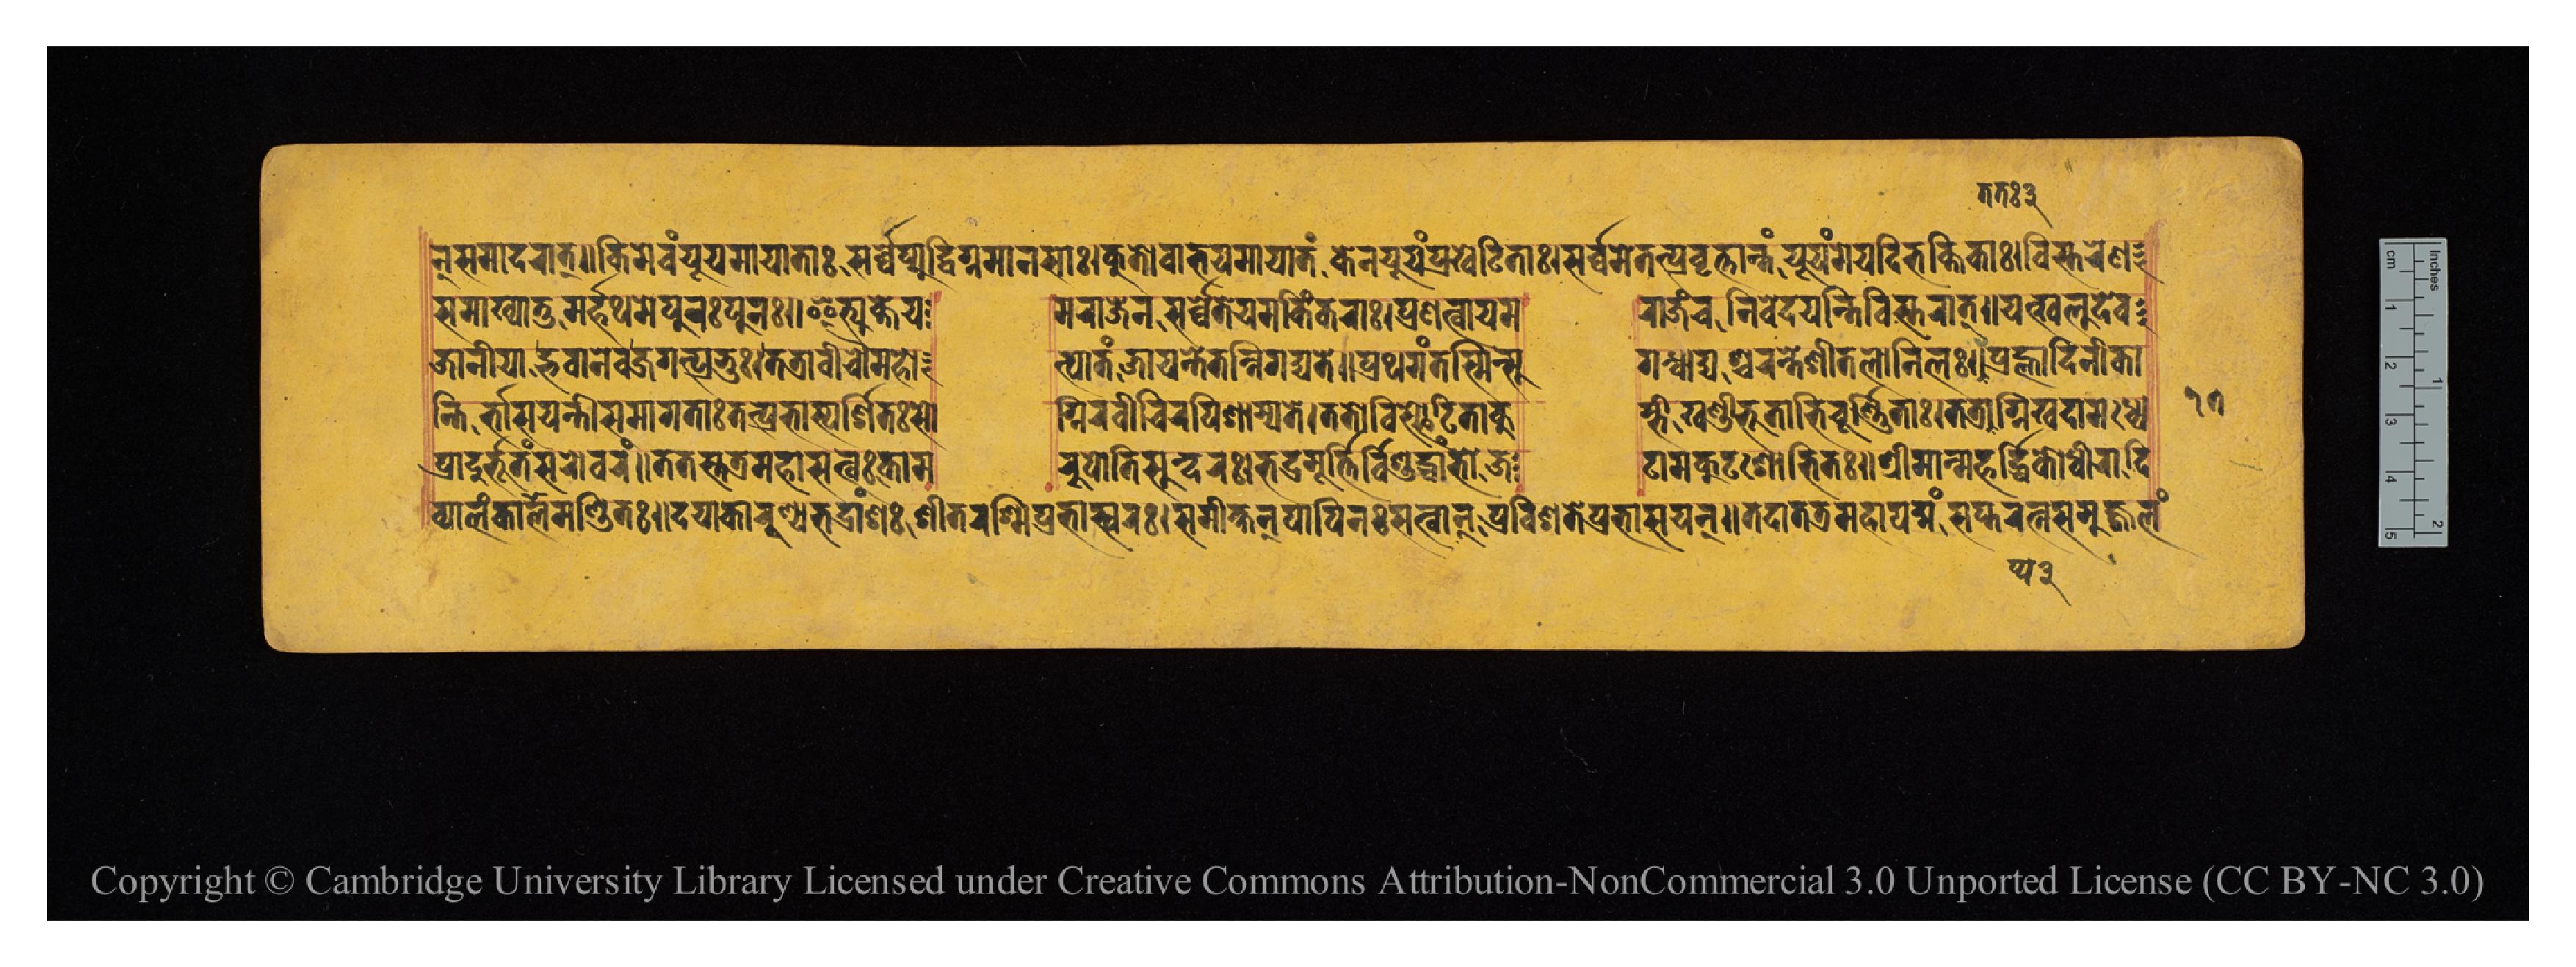
𑐣𑑂𑐳𑐩𑐵𑐡𑐬𑐵𑐟𑑂𑑌𑐎𑐶𑐩𑐾𑐰𑑄𑐫𑐹𑐫𑐩𑐵𑐫𑐵𑐟𑐵𑑅𑐳𑐬𑑂𑐰𑑂𑐰𑐾𑐥𑑂𑐫𑐸𑐡𑑂𑐰𑐶𑐐𑑂𑐣𑐩𑐵𑐣𑐳𑐵𑑅𑑋𑐎𑐸𑐟𑑀𑐨𑐫𑑄𑐳𑐩𑐵𑐫𑐵𑐟𑑄𑐎𑐾𑐟𑐫𑐸𑐫𑑄𑐥𑑂𑐬𑐏𑐾𑐚𑐶𑐟𑐵𑑅𑑋𑐳𑐬𑑂𑐰𑑂𑐰𑐩𑐾𑐟𑐟𑑂𑐥𑑂𑐬𑐰𑐺𑐟𑑂𑐟𑐵𑐣𑑂𑐟𑑄𑐫𑐸𑐫𑑄𑐩𑐾𑐫𑐡𑐶𑐨𑐎𑑂𑐟𑐶𑐎𑐵𑑅𑑋𑐰𑐶𑐳𑑂𑐟𑐬𑐾𑐞 𑐖𑐵𑐣𑐷𑐫𑐵𑐡𑑂𑐨𑐰𑐵𑐣𑐾𑐰𑐖𑐐𑐟𑑂𑐥𑑂𑐬𑐨𑐸𑑅𑑋𑐟𑐟𑑂𑐬𑐵𑐰𑐷𑐔𑑁𑐩𑐴𑑀  𑐟𑑂𑐥𑐵𑐟𑑄𑐖𑐵𑐫𑐾𑐟𑐾𑐟𑐣𑑂𑐣𑐶𑐐𑐡𑑂𑐫𑐟𑐾𑑌𑐥𑑂𑐬𑐠𑐩𑑄𑐟𑐳𑑂𑐩𑐶𑐣𑑂𑐳𑐸  𑐐𑐣𑑂𑐢𑐱𑑂𑐔𑐬𑐟𑐾𑐱𑐷𑐟𑐮𑑀𑐣𑐶𑐮𑑅𑑌𑐟𑐟𑑅𑐥𑑂𑐬𑐴𑑂𑐮𑐵𑐡𑐶𑐣𑐷𑐎𑐵 𑐳𑐩𑐵𑐀𑐏𑑂𑐫𑐵𑐟𑐸𑐩𑐬𑑂𑐴𑐠𑐩𑐾𑐥𑐸𑐣𑑅𑐥𑐸𑐣𑑅𑑌𑐂𑐟𑑂𑐫𑐸𑐎𑑂𑐟𑐾𑐫  𑐩𑐬𑐵𑐖𑐾𑐣𑐳𑐬𑑂𑐰𑑂𑐰𑐾𑐟𑐾𑐫𑐩𑐎𑐶𑑄𑐎𑐬𑐵𑑅𑑋𑐥𑑂𑐬𑐞𑐟𑑂𑐰𑐵𑐫𑐩  𑐬𑐵𑐖𑑄𑐔𑐣𑐶𑐰𑐾𑐡𑐫𑐣𑑂𑐟𑐶𑐰𑐶𑐳𑑂𑐟𑐬𑐵𑐟𑑂𑑌𑐫𑐟𑑂𑐏𑐮𑐸𑐡𑐾𑐰 𑐣𑑂𑐟𑐶𑐬𑑂𑐨𑐵𑐳𑐫𑐣𑑂𑐟𑐶𑐳𑐩𑐵𑐐𑐟𑐵𑑅𑐟𑐟𑑂𑐥𑑂𑐬𑐨𑐵𑐳𑑂𑐥𑐬𑑂𑐱𑐶𑐟𑑅𑐳𑑀  𑐐𑑂𑐣𑐶𑐬𑐰𑐷𑐔𑐶𑐬𑐥𑐶𑐱𑐵𑐩𑑂𑐫𑐟𑐾𑑋𑐟𑐟𑑀𑐰𑐶𑐳𑑂𑐦𑑀𑐚𑐶𑐟𑐵𑐎𑐸  𑐩𑑂𑐨𑐷𑐏𑐞𑑂𑐜𑐷𑐨𑐹𑐟𑐵𑐰𑐶𑐔𑐹𑐬𑑂𑐞𑐶𑐟𑐵𑑋𑐟𑐟𑑂𑐬𑐵𑐥𑑂𑐫𑐐𑑂𑐣𑐶𑐏𑐡𑐵𑐩𑐢𑑂𑐫𑐾 𑐥𑑂𑐬𑐵𑐡𑐸𑐬𑑂𑐨𑐹𑐟𑑄𑐳𑐬𑑀𑐰𑐬𑑄𑑌𑐟𑐟𑐳𑑂𑐟𑐟𑑂𑐬𑐩𑐴𑐵𑐳𑐟𑑂𑐰𑑅𑐎𑐵𑐩  𑐬𑐸𑐥𑑀𑐟𑐶𑐳𑐸𑐣𑑂𑐡𑐬𑑅𑑋𑐨𑐡𑑂𑐬𑐩𑐹𑐬𑑂𑐟𑑂𑐟𑐶𑐬𑑂𑐰𑐶𑐱𑐸𑐡𑑂𑐢𑐵𑐟𑑂𑐩𑐵𑐖  𑐚𑐵𑐩𑐎𑐸𑐚𑐱𑑀𑐨𑐶𑐟𑑅𑑌𑐱𑑂𑐬𑐷𑐩𑐵𑐣𑑂𑐩𑐴𑐬𑑂𑐡𑑂𑐢𑐶𑐎𑑀𑐢𑐷𑐬𑑀𑐡𑐶 𑐰𑑂𑐫𑐵𑐮𑑄𑐎𑐵𑐬𑐩𑐞𑑂𑐜𑐶𑐟𑑅𑑌𑐡𑐫𑐵𑐎𑐵𑐬𑐸𑐞𑑂𑐫𑐨𑐡𑑂𑐬𑐵𑑄𑐱𑑅𑐱𑐷𑐟𑐬𑐱𑑂𑐩𑐶𑐥𑑂𑐬𑐨𑐵𑐳𑑂𑐰𑐬𑑅𑑋𑐳𑐩𑐷𑐎𑑂𑐲𑐣𑑂𑐥𑐵𑐥𑐶𑐣𑐳𑑂𑐳𑐟𑑂𑐰𑐵𑐣𑑂𑐥𑑂𑐬𑐰𑐶𑐱𑐟𑐾𑐥𑑂𑐬𑐨𑐵𑐳𑐫𑐣𑑂𑑌𑐟𑐡𑐵𑐟𑐟𑑂𑐬𑐩𑐴𑐵𑐥𑐡𑑂𑐩𑑄𑐳𑐥𑑂𑐟𑐬𑐟𑑂𑐣𑐳𑐩𑐸𑐖𑑂𑐖𑑂𑐰𑐮𑑄 𑑑𑑗